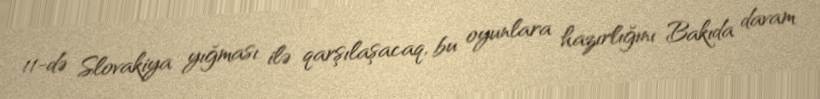
11-də Slovakiya yığması ilə qarşılaşacaq, bu oyunlara hazırlığını Bakıda davam